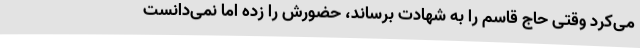
می‌کرد وقتی حاج قاسم را به شهادت برساند، حضورش را زده اما نمی‌دانست